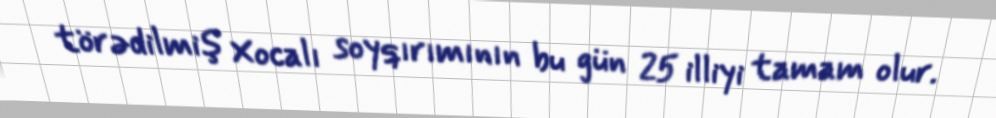
törədilmiş Xocalı soyqırımının bu gün 25 illiyi tamam olur.